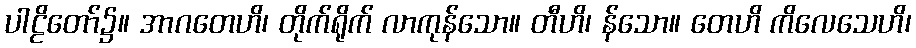
ပါဠိတော်၌။ အာဂတေဟိ၊ တိုက်ရိုက် လာကုန်သော။ တီဟိ၊ န်သော။ တေဟိ ကိလေသေဟိ၊